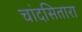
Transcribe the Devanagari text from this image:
चांदसितारा